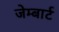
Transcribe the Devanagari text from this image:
जेम्बार्ट